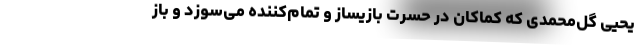
یحیی گل‌محمدی که کماکان در حسرت بازیساز و تمام‌کننده می‌سوزد و باز